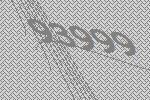
93999